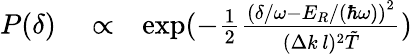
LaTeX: \begin{array}{rlr}{P(\delta)}&{{}\propto}&{\exp(-\frac{1}{2}\frac{\left(\delta/\omega-E_{R}/(\hbar\omega)\right)^{2}}{(\Delta k\, l)^{2}\tilde{T}})}\end{array}